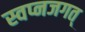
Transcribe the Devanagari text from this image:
स्वप्नजगत्‌